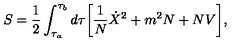
S = { \frac { 1 } { 2 } } \int _ { \tau _ { a } } ^ { \tau _ { b } } d \tau \biggl [ { \frac { 1 } { N } } { \dot { X } } ^ { 2 } + m ^ { 2 } N + N V \biggr ] ,